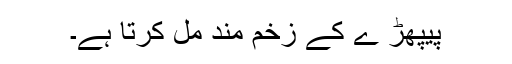
پیپھڑ ے کے زخم مند مل کرتا ہے۔